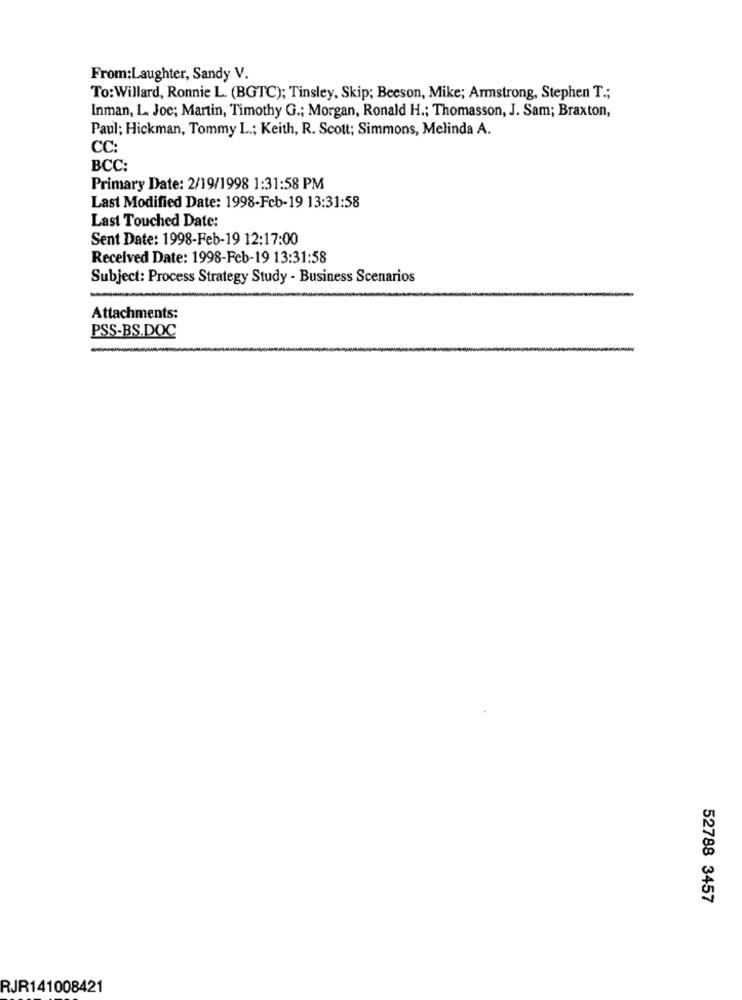
From:Laughter, Sandy V.
To:Willard, Ronnie L. (BGTC); Tinsley, Skip; Beeson, Mike; Armstrong, Stephen T .;
Inman, L. Joe; Martin, Timothy G .; Morgan, Ronald H .; Thomasson, J. Sam; Braxton,
Paul; Hickman, Tommy L .; Keith, R. Scott; Simmons, Melinda A.
CC:
BCC:
Primary Date: 2/19/1998 1:31:58 PM
Last Modified Date: 1998-Feb-19 13:31:58
Last Touched Date:
Sent Date: 1998-Feb-19 12:17:00
Received Date: 1998-Feb-19 13:31:58
Subject: Process Strategy Study - Business Scenarios
Attachments:
PSS-BS.DOC
52788 3457
RJR141008421